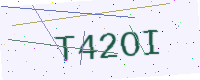
Text: T42OI